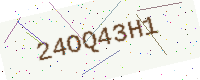
Text: 24OQ43H1